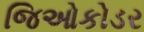
જિઓકોડર